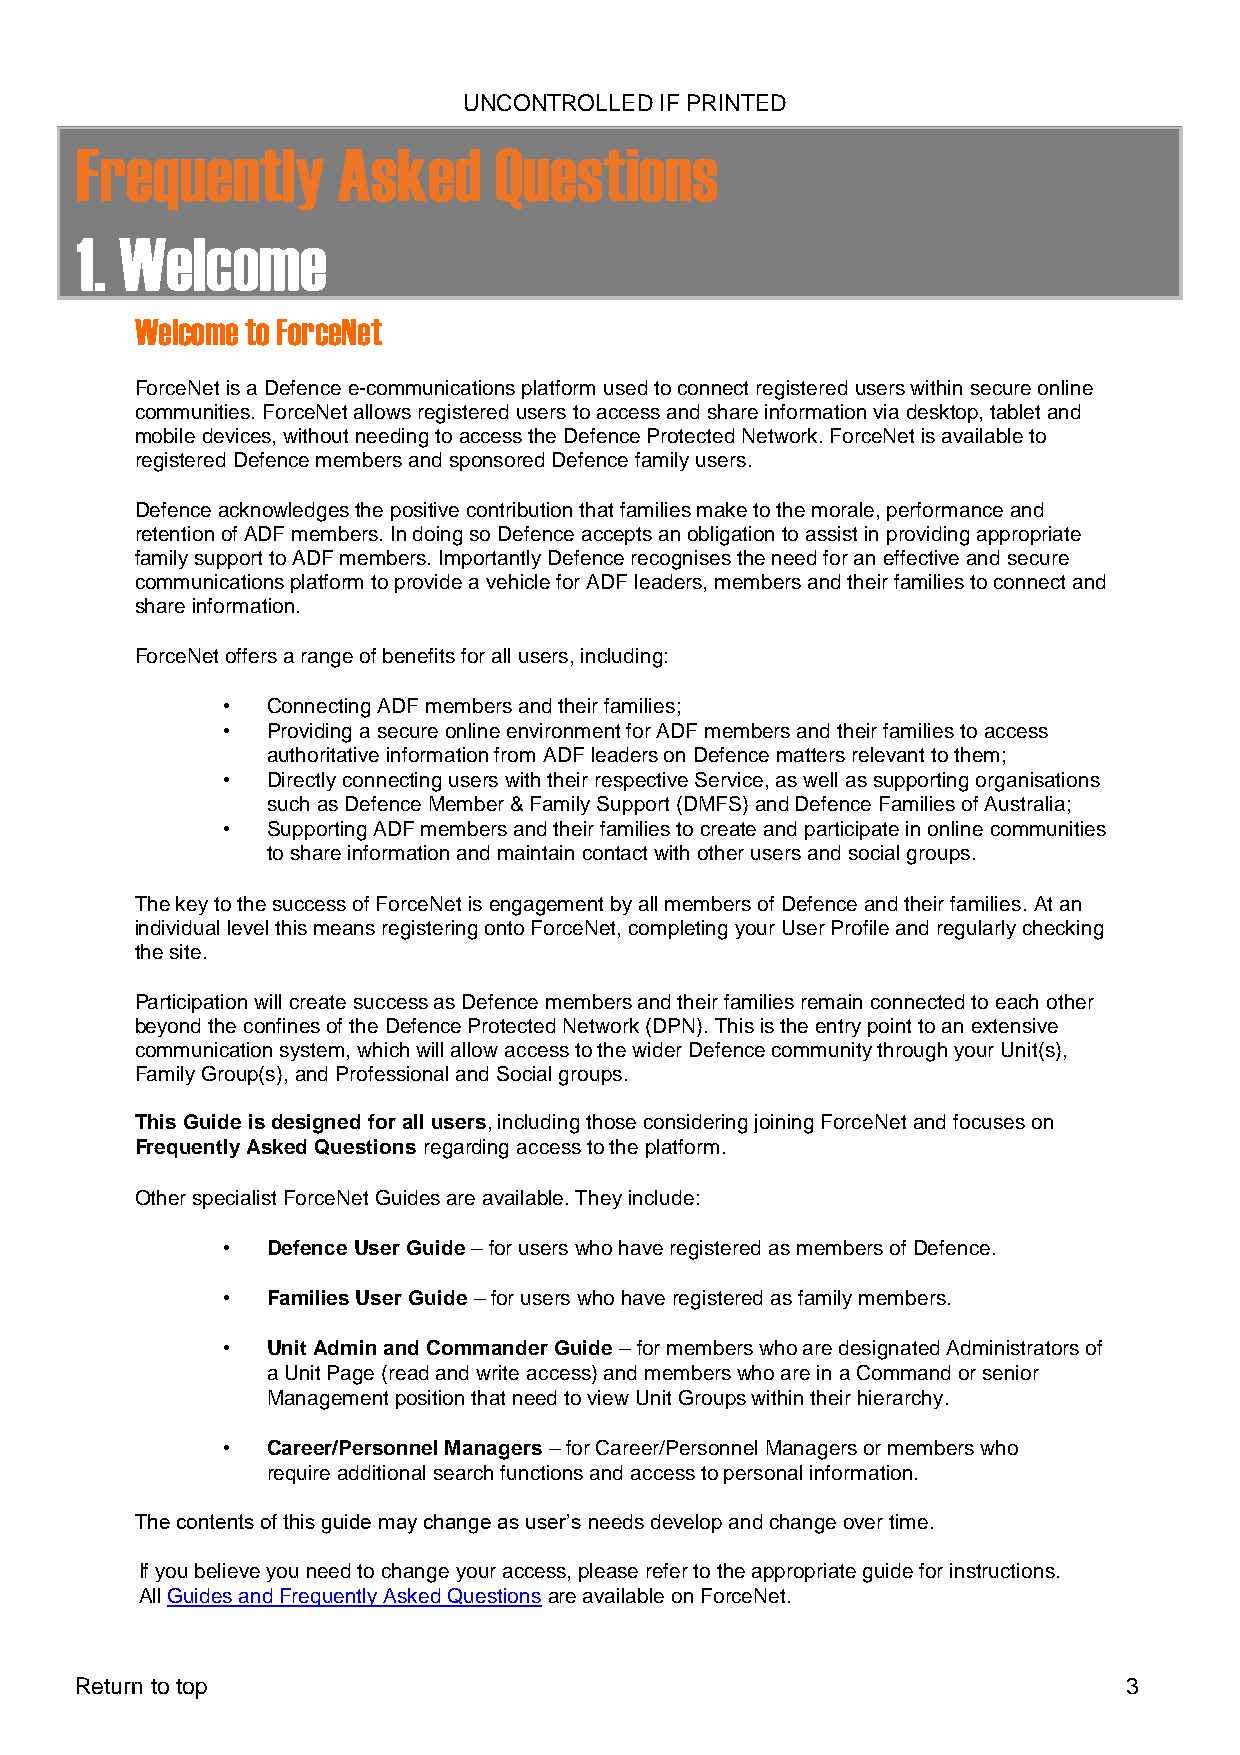
UNCONTROLLED IF PRINTED
 Frequently       Asked      Questions
 1. Welcome
 Welcome to ForceNet
 ForceNet is a Defence e-communications platform used to connect registered users within secure online
 communities. ForceNet allows registered users to access and share information via desktop, tablet and
 mobile devices, without needing to access the Defence Protected Network. ForceNet is available to
 registered Defence members and sponsored Defence family users.
 Defence acknowledges the positive contribution that families make to the morale, performance and
 retention of ADF members. In doing so Defence accepts an obligation to assist in providing appropriate
 family support to ADF members. Importantly Defence recognises the need for an effective and secure
 communications platform to provide a vehicle for ADF leaders, members and their families to connect and
 share information.
 ForceNet offers a range of benefits for all users, including:
 •  Connecting ADF members and their families;
 •  Providing a secure online environment for ADF members and their families to access
 authoritative information from ADF leaders on Defence matters relevant to them;
 •  Directly connecting users with their respective Service, as well as supporting organisations
 such as Defence Member & Family Support (DMFS) and Defence Families of Australia;
 •  Supporting ADF members and their families to create and participate in online communities
 to share information and maintain contact with other users and social groups.
 The key to the success of ForceNet is engagement by all members of Defence and their families. At an
 individual level this means registering onto ForceNet, completing your User Profile and regularly checking
 the site.
 Participation will create success as Defence members and their families remain connected to each other
 beyond the confines of the Defence Protected Network (DPN). This is the entry point to an extensive
 communication system, which will allow access to the wider Defence community through your Unit(s),
 Family Group(s), and Professional and Social groups.
 This Guide is designed for all users, including those considering joining ForceNet and focuses on
 Frequently Asked Questions regarding access to the platform.
 Other specialist ForceNet Guides are available. They include:
 •  Defence User Guide – for users who have registered as members of Defence.
 •  Families User Guide – for users who have registered as family members.
 •  Unit Admin and Commander Guide – for members who are designated Administrators of
 a Unit Page (read and write access) and members who are in a Command or senior
 Management position that need to view Unit Groups within their hierarchy.
 •  Career/Personnel Managers – for Career/Personnel Managers or members who
 require additional search functions and access to personal information.
 The contents of this guide may change as user’s needs develop and change over time.
 If you believe you need to change your access, please refer to the appropriate guide for instructions.
 All Guides and Frequently Asked Questions are available on ForceNet.
 Return to top                                                         3